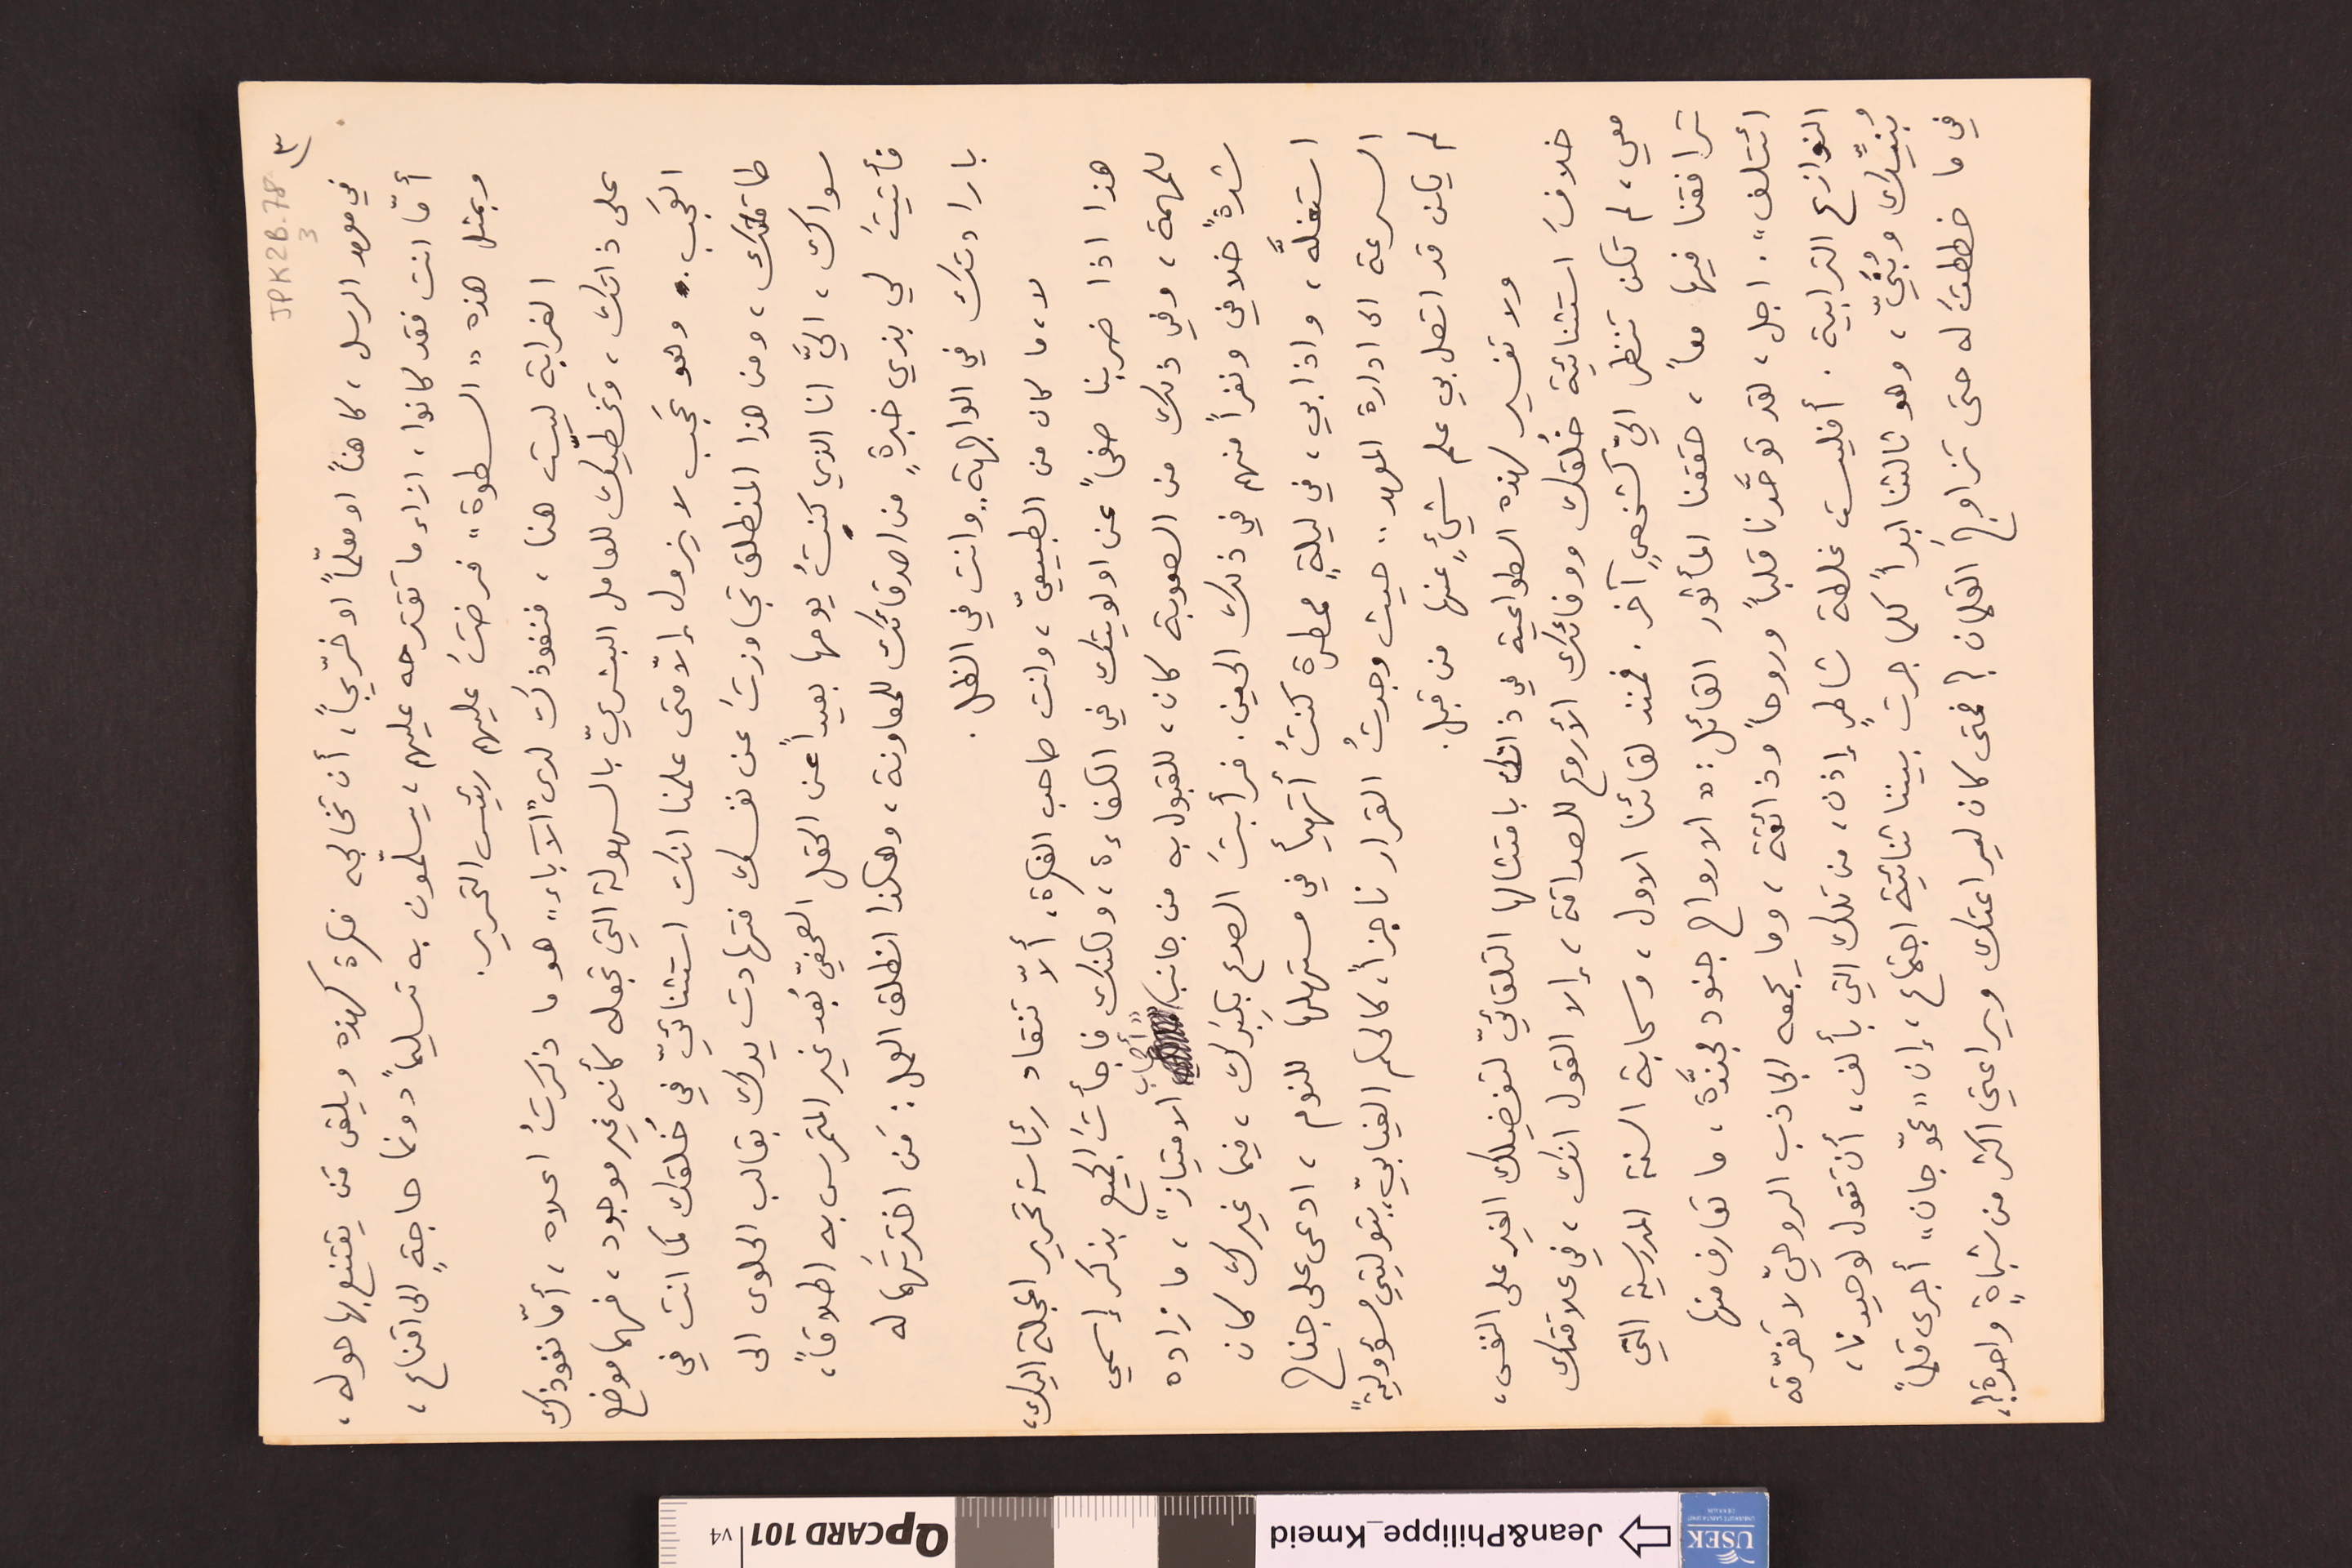
JPK2B-78			3		٣)
في معهد الرسل، كاهناً او معلمّأً او خرّيجاً، أن تخالجه فكرة كهذه ويلقى مَن يقتنع بها حوله،
أمّأ انت فقد كانوا، ازاء ما تقترحه عليهم، يسلّمون به تسليماً دونما حاجةٍ الى اقناع،
وبمثل هذه "السطوة" فرضتَ عليهم رئيس التحرير.
الغرابة ليست هنا، فنفوذك لدى "الآباء" هو ما ذكرتُ اعلاه، أمّأ نفوذك
على ذاتك، وتخطّيك للعامل البشريّ بالسهولة التي تجعله كأنه غير موجود، فهما موضع
العَجب. وهو عَجب لا يزول إلاّ متى علمنا انك استثنائيّ في خُلقك كما انت في
طاقتك، ومن هذا المنطلق تجاوزتَ عن نفسك فتهادت يدك بقالب الحلوى الى
سواك، اليَّ انا الذي كنتُ يومها بعيداً عن الحقل الصحفيّ بُعد غير المتمرس به إطلاقاً،
فأتيتَ لي بزي خبرةٍ من اصدقائك للمعاونة، وهكذا انطلق العمل : مَن اخترتَهما له
بارادتك في الواجهة .. وانت في الظل.
لا، ما كان من الطبيعيّ، وانت صاحب الفكرة، ألاّ تنقاد رئاسة تحرير المجلة اليك،
هذا اذا ضربنا صفحاً عن اولويتك في الكفاءة، ولكنك فاجأتَ الجميع بذكر إسمي
للمهمة، وفي ذلك من الصعوبة كان، للقبول به من جانب "أصحاب الامتياز"، ما زاده
شدةً خلافي ونفراً منهم في ذلك الحين. فرأبتَ الصدع بكِبَرك، فيما غيرك كان
استغلَّه، واذا بي، في ليلةٍ ممطرة كنتُ أتهيأ في مستهلها للنوم، ادعى على جناح
السرعة الى ادارة المعهد .. حيث وجدتُ القرار ناجزاً، كالحكم الغيابيّ، بتوليتي مسؤوليةً
لم يكن قد اتصل بي علم شيءٍ عنها من قبل.
ولا تفسير لهذه الطواعية في ذاتك بامتثالها التلقائيّ لتفضيلك الغير على النفس،
خلافَ استثنائية خُلقك ووفائك الأروع للصداقة، إلا القول انك، في علاقتك
معي، لم تكن تنظر اليّ كشخصٍ آخر. فمنذ لقائنا الاول، وسحابة السنة المدرسية التي
ترافقنا فيها معاً، حققنا المأثور القائل : "الارواح جنود مجنَّدة، ما تعارف منها
ائتلف". اجل، لقد توحَّدنا قلباً وروحاً وذائقة، وما يجمعه الجاذب الروحيّ لا تفرّقه
النوازع الترابية. أفليست غلطة شاطرٍ إذن، من تلك التي بألف، أن تقول لوحيدنا،
بُنيِّك وبُنَيّ، وهو ثالثنا ابداً كلما جرت بيننا ثنائية اجتماع، إن "عمّو جان" أجرى قلماً
في ما خططتَ له حتى تزاوجَ القلمان ؟ فمتى كان ليراعتك ويراعتي اكثر من شباةٍ واحدة ؟،